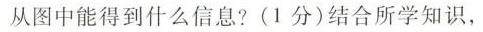
从图中能得到什么信息?(1分)结合所学知识，